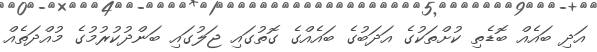
އަދި ބައެއް ބޮޑެތި ކުށްތަކުގެ އަދަބުގެ ބައެއްގެ ގޮތުގައި ޖަލުގައި ބަންދުކުރުމުގެ މުއްދަތެއް